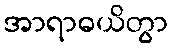
အာရာဓယိတွာ